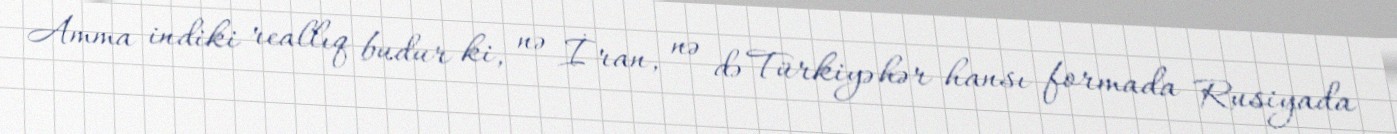
Amma indiki reallıq budur ki, nə İran, nə də Türkiyə hər hansı formada Rusiyada